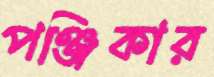
পঞ্জিকার